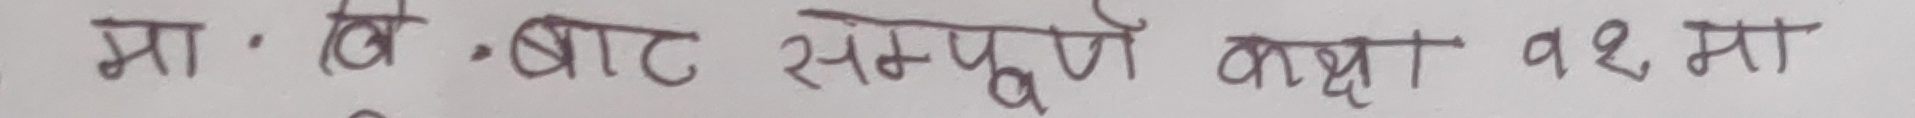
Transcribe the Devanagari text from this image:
मा.वि. बाट सम्पूर्ण कक्षा ११ मा